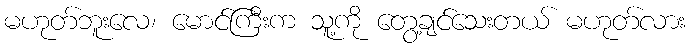
မဟုတ်ဘူးလေ၊ မောင်ကြီးက သူ့ကို တွေ့ချင်သေးတယ် မဟုတ်လား